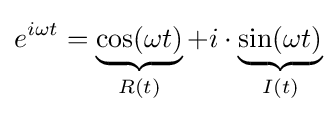
e^{i\omega t}=\underbrace {\cos(\omega t)} _{R(t)}+i\cdot \underbrace {\sin(\omega t)} _{I(t)}